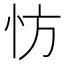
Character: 㤃